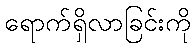
ရောက်ရှိလာခြင်းကို